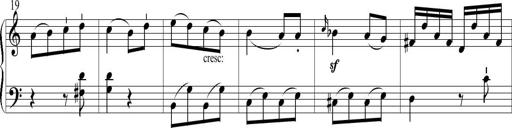
Title: 6 Leichte Sonatinen, Teil 1
Composer: F. Sigismund Sander